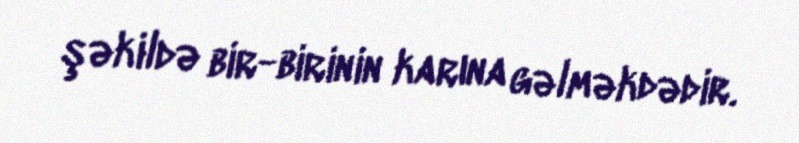
şəkildə bir-birinin karına gəlməkdədir.